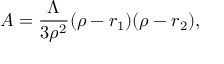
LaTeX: A = \frac { \Lambda } { 3 \rho ^ { 2 } } ( \rho - r _ { 1 } ) ( \rho - r _ { 2 } ) ,